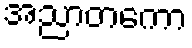
အညာတကော